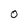
Character: O